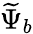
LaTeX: \widetilde{\Psi}_{b}